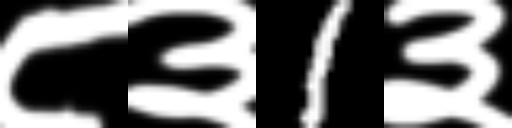
Text: ८३1३